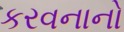
કરવનાનો